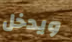
ويدخل